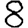
Digit: 8